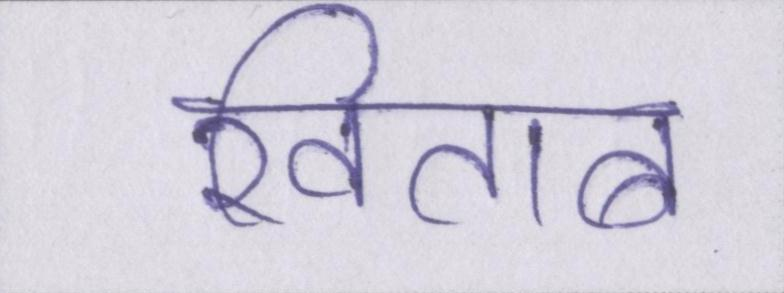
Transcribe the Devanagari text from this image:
खिताब